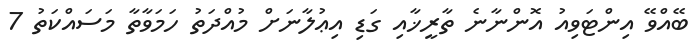
ބޭއްވޭ އިންޓަވިއު އޮންނާނެ ތާރީޚާއި ގަޑި އިޢުލާނަށް މުއްދަތު ހަމަވާތާ މަސައްކަތު 7